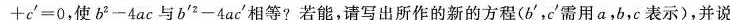
$$+c^{\prime}=0$$，使$$b^{2}-4ac$$与$$b^{\prime2}-4ac^{\prime}$$相等？若能，请写出所作的新的方程（b^{\prime},c^{\prime}需用a，b，c表示），并说